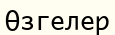
Өзгелер